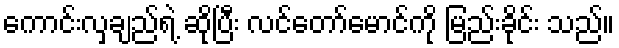
ကောင်းလှချည်ရဲ့ ဆိုပြီး လင်တော်မောင်ကို မြည်းခိုင်း သည်။